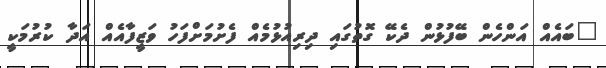
"ބައެއް އަންހެން ބޭފުޅުން ދެކޭ ގޮތުގައި ދިރިއުޅުމެއް ފެށުމަށްފަހު ވަޒީފާއެއް އަދާ ކުރުމަކީ